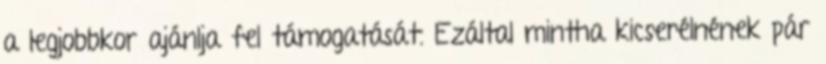
a legjobbkor ajánlja fel támogatását. Ezáltal mintha kicserélnének pár